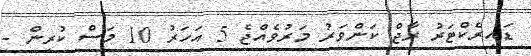
ޑައިރެކްޓަރު ރާޖް ކަންވަރު މަރުވެއްޖެ 5 އަހަރު 10 މަސް ކުރިން -